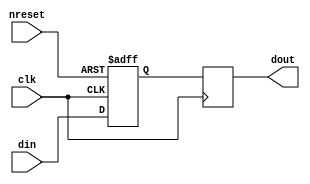
/* A control signal synchronizer with "PS" number of stages 
 */

module oh_dsync (/*AUTOARG*/
   // Outputs
   dout,
   // Inputs
   clk, nreset, din
   );

   parameter PS   = 2; //number of sync pipeline stages
   parameter DW   = 1; //number of bits to synchronize
   
   input           clk;
   input nreset;
   input [DW-1:0]  din;
   output [DW-1:0] dout;
   
 
`ifdef TARGET_SIM
   reg [DW-1:0]    sync_pipe[PS-1:0];
`else
   (* ASYNC_REG = "TRUE"  *) (* DONT_TOUCH =  "TRUE" *) reg [DW-1:0]    sync_pipe[PS-1:0];   
`endif
   
   genvar 	   i;
   generate          
      for(i=0;i<PS;i=i+1)
	if(i==0)
	  begin
	     always @ (posedge clk or negedge nreset) begin
	     if(~nreset)
            sync_pipe[0][DW-1:0] <= 'b0;
         else
	       sync_pipe[0][DW-1:0] <= din[DW-1:0];	 
	     end    
	  end
	else
	  begin
	  always @ (posedge clk )
	    sync_pipe[i][DW-1:0] <= sync_pipe[i-1][DW-1:0];	     
	  end // else: !if(i==0)      
   endgenerate
   
   assign dout[DW-1:0] = sync_pipe[PS-1][DW-1:0];
 
   
endmodule // oh_dsync